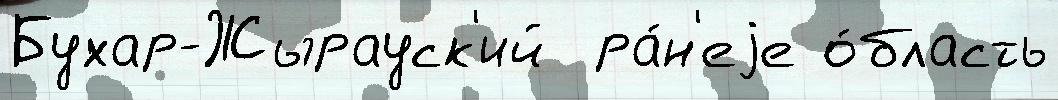
Бухар-Жырауск'ий  ра́н'еjе о́бласть